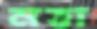
নত্তা